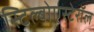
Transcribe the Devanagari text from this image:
स्टिल्बोएस्टेरॉल